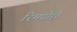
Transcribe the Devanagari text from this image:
रिमपोछे